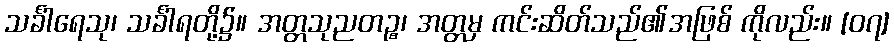
သင်္ခါရေသု၊ သင်္ခါရတို့၌။ အတ္တသုညတဉ္စ၊ အတ္တမှ ကင်းဆိတ်သည်၏အဖြစ် ကိုလည်း။ [၀၇]